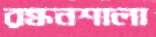
রন্ধনশালা